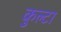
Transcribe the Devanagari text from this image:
कुल्टा